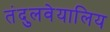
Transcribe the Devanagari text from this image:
तंदुलवेयालिय